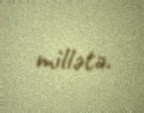
millətə.